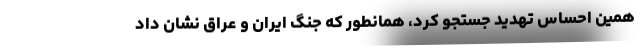
همین احساس تهدید جستجو کرد، همانطور که جنگ ایران و عراق نشان داد